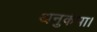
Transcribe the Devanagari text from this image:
अनुकंपा।